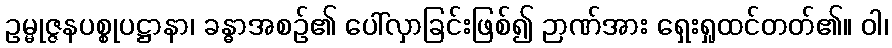
ဥမ္မုဇ္ဇနပစ္စုပဋ္ဌာနာ၊ ခန္ဓာအစဉ်၏ ပေါ်လှာခြင်းဖြစ်၍ ဉာဏ်အား ရှေးရှုထင်တတ်၏။ ဝါ၊